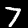
Label: 7